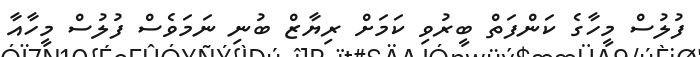
ފުލުސް މީހާގެ ކަންފަތް ބީރުވި ކަމަށް ރިޔާޒް ބުނި ނަމަވެސް ފުލުސް މީހާއާ